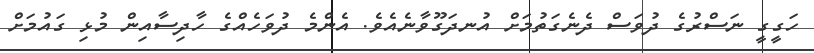
ހަގީގީ ނަސްރުގެ ދުވަސް ދެނެގަތުމަށް އުނދަގޫވާނެއެވެ. އެންމެ ދުވަހެއްގެ ހާދިސާއިން މުޅި ގައުމަށް